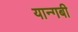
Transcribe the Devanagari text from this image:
यान्गबी